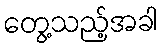
တွေ့သည့်အခါ